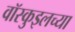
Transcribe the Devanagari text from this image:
वॉस्कुइलच्या